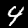
Digit: 4